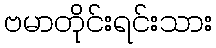
ဗမာတိုင်းရင်းသား